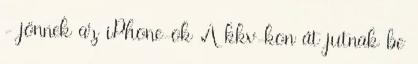
- jönnek az iPhone-ok A kkv-kon át jutnak be